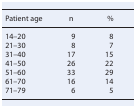
| Patient age | n | % |
 | --- | --- | --- |
 | 14–20 | 9 | 8 |
 | 21–30 | 8 | 7 |
 | 31–40 | 17 | 15 |
 | 41–50 | 26 | 22 |
 | 51–60 | 33 | 29 |
 | 61–70 | 16 | 14 |
 | 71–79 | 6 | 5 |